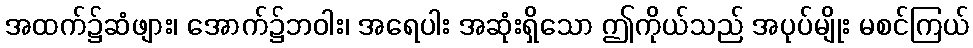
အထက်၌ဆံဖျား၊ အောက်၌ဘဝါး၊ အရေပါး အဆုံးရှိသော ဤကိုယ်သည် အပုပ်မျိုး မစင်ကြယ်